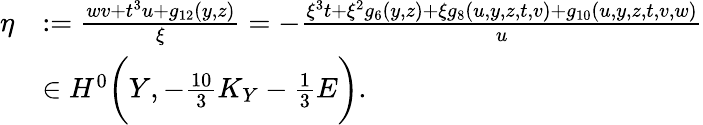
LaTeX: \begin{array}{rl}{\eta}&{:=\frac{wv+t^{3}u+g_{12}(y,z)}{\xi}=-\frac{\xi^{3}t+\xi^{2}g_{6}(y,z)+\xi g_{8}(u,y,z,t,v)+g_{10}(u,y,z,t,v,w)}{u}}\\ &{\in H^{0}\bigg(Y,-\frac{10}{3}K_{Y}-\frac{1}{3}E\bigg).}\end{array}